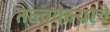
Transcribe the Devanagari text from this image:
तत्त्ववेत्त्याचे